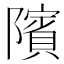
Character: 䧬